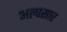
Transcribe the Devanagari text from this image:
अल्पसार